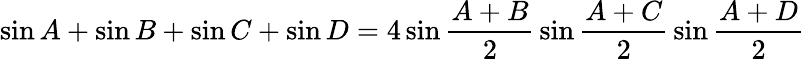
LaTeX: \sin{A}+\sin{B}+\sin{C}+\sin{D}=4\sin{\frac{A+B}{2}}\sin{\frac{A+C}{2}}\sin{\frac{A+D}{2}}